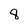
Character: 8